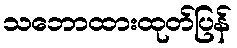
သဘောထားထုတ်ပြန်